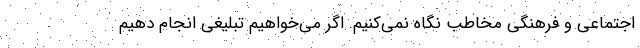
اجتماعی و فرهنگی مخاطب نگاه نمی‌کنیم. اگر می‌خواهیم تبلیغی انجام دهیم